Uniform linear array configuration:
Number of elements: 24
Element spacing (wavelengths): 0.5
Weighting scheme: uniform
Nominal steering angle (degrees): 0
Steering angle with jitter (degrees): -1.906
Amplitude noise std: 0.05
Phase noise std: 0.05

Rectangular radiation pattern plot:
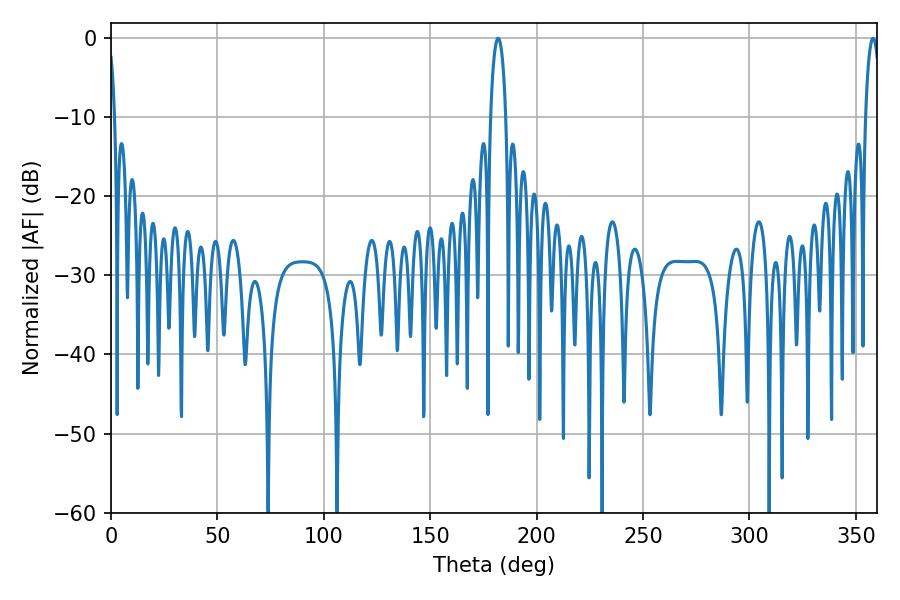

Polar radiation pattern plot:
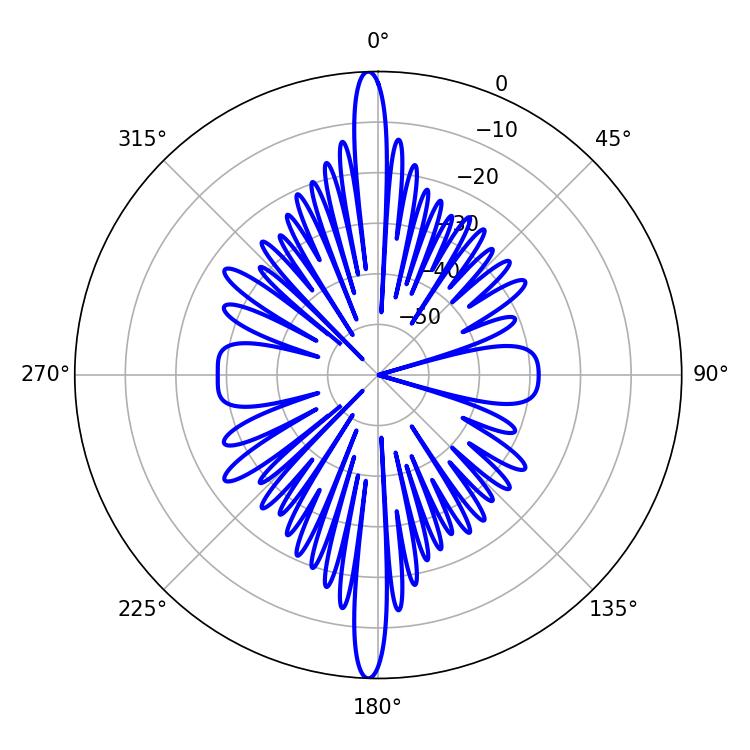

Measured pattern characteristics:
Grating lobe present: FALSE
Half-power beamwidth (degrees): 4.14
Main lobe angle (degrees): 181.98